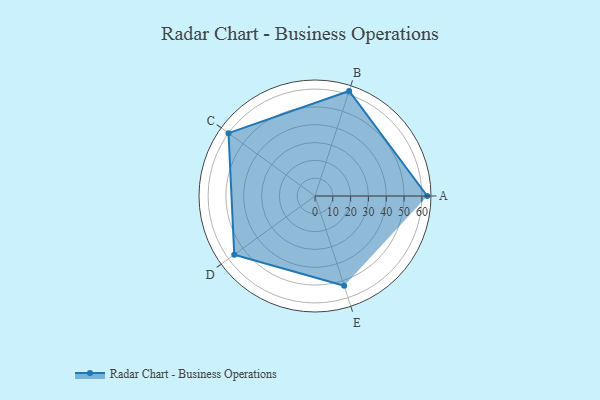
{"axis": {"x": "Skill", "y": "Score"}, "legend": ["Profile"], "data": [{"x": "A", "y": 63.0, "type": "Profile"}, {"x": "B", "y": 62.0, "type": "Profile"}, {"x": "C", "y": 60.0, "type": "Profile"}, {"x": "D", "y": 56.0, "type": "Profile"}, {"x": "E", "y": 53.0, "type": "Profile"}]}